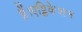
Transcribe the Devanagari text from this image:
हैं।एप्लिकेशन